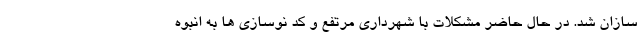
سازان شد. در حال حاضر مشکلات با شهرداری مرتفع و کد نوسازی ها به انبوه